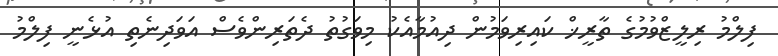
ފިލްމު ރިލީޒްވުމުގެ ތާރީޚް ކައިރިވަމުން ދިއުމާއެކު މިވަގުތު ދެތަރިންވެސް އަވަދިނެތި އުޅެނީ ފިލްމު